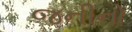
જનીનો